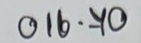
016 . 70